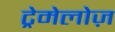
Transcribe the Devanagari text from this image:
ट्रेमेलोज़